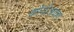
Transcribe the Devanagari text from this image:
कोयोअकण